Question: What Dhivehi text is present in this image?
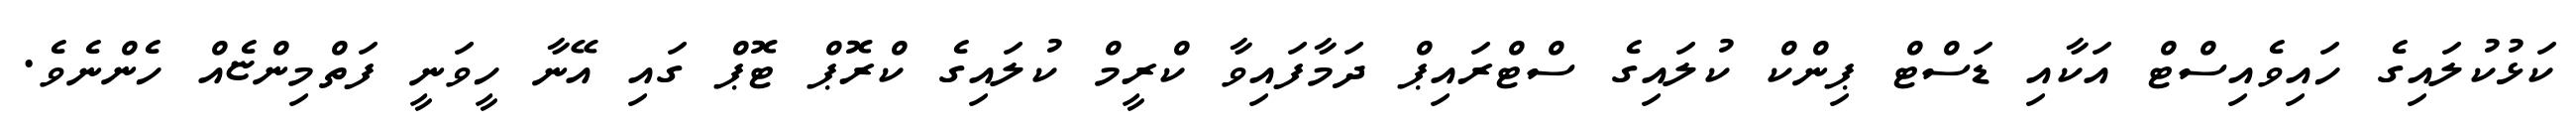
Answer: ކަޅުކުލައިގެ ހައިވެއިސްޓް އަކާއި ޑަސްޓް ޕިންކް ކުލައިގެ ސްޓްރައިޕް ދަމާފައިވާ ކްރީމް ކުލައިގެ ކްރޮޕް ޓޮޕް ގައި އޭނާ ހީވަނީ ފަތްމިންޏެއް ހެންނެވެ.